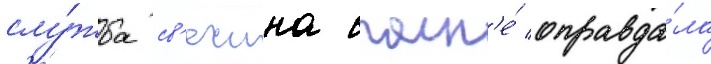
слу́жба св'ечина вполн'е́ оправда́ла